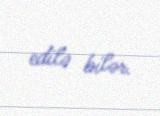
edilə bilər.